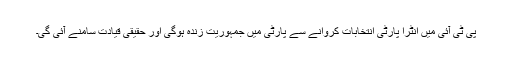
پی ٹی آئی میں انٹرا پارٹی انتخابات کروانے سے پارٹی میں جمہوریت زندہ ہوگی اور حقیقی قیادت سامنے آئی گی۔